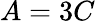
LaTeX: A=3C